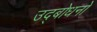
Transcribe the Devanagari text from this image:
उद्बोधनों